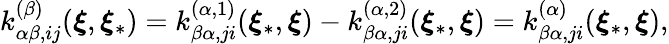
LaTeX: k_{\alpha\beta,ij}^{\left(\beta\right)}(\boldsymbol{\xi},\boldsymbol{\xi}_{\ast})=k_{\beta\alpha,ji}^{\left(\alpha,1\right)}(\boldsymbol{\xi}_{\ast},\boldsymbol{\xi})-k_{\beta\alpha,ji}^{\left(\alpha,2\right)}(\boldsymbol{\xi}_{\ast},\boldsymbol{\xi})=k_{\beta\alpha,ji}^{\left(\alpha\right)}(\boldsymbol{\xi}_{\ast},\boldsymbol{\xi}),